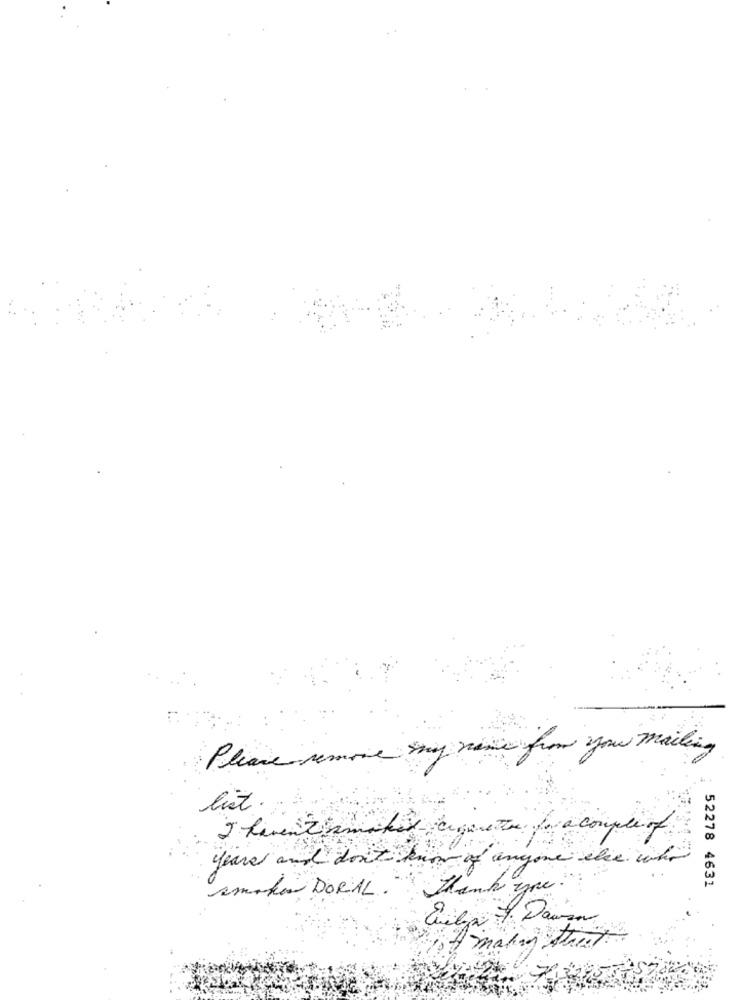
Please remove my name from your mailing
list.
a couple of
years and don't ko
-of anyone else who
smaker DORAL .
Thank you.
52278 4631
of making their